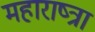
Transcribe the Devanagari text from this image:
महाराष्त्रा